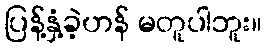
ပြန့်နှံ့ခဲ့ဟန် မတူပါဘူး။